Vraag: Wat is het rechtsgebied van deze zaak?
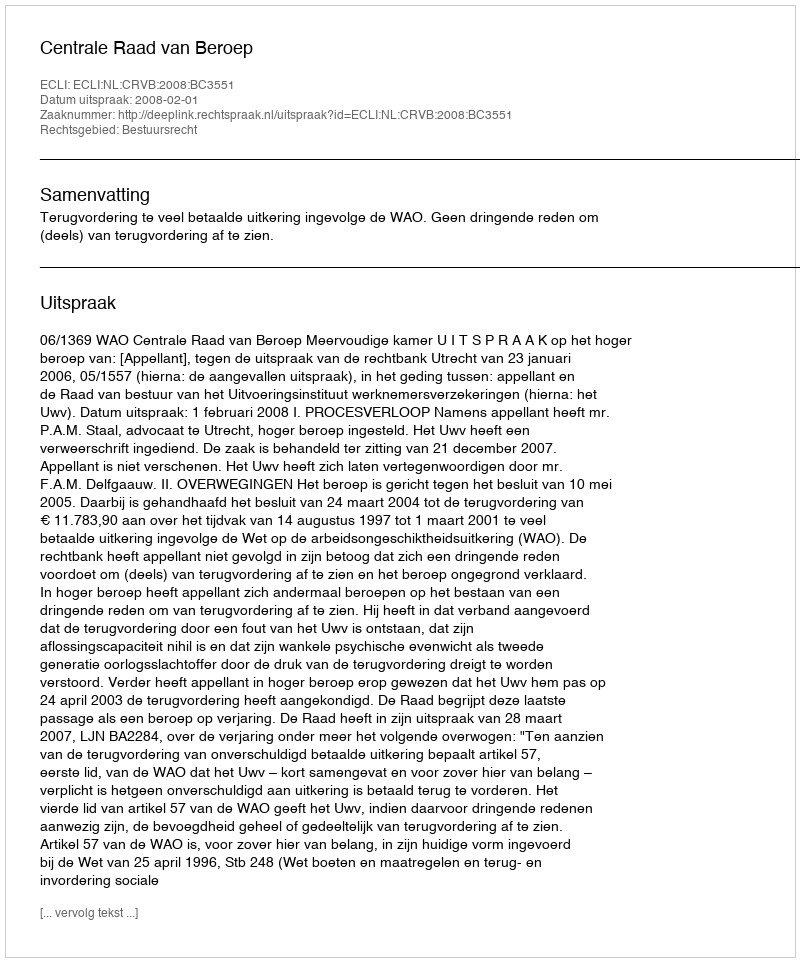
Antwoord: Bestuursrecht